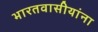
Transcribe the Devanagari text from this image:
भारतवासीयांना